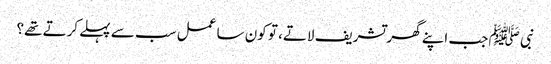
نبی ﷺ جب اپنے گھر تشریف لاتے، تو کون سا عمل سب سے پہلے کرتے تھے؟